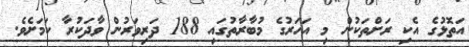
އަތޮޅުގެ އެކި ރަށްތަކުން މި އަހަރުގެ މުބާރާތުގައި 188 ދަރިވަރުން ވާދަކުރާ ކަމަށެވެ.